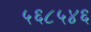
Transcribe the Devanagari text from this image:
५६८५४६